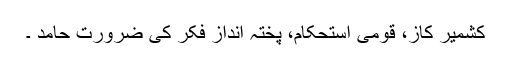
کشمیر کاز، قومی استحکام، پختہ اندازِ فکر کی ضرورت حامد ۔